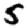
Digit: 5